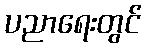
ပညာရေးတွင်